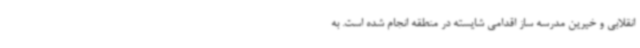
انقلابی و خیرین مدرسه ساز اقدامی شایسته در منطقه انجام شده است. به